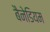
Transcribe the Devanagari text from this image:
बैनेडियम